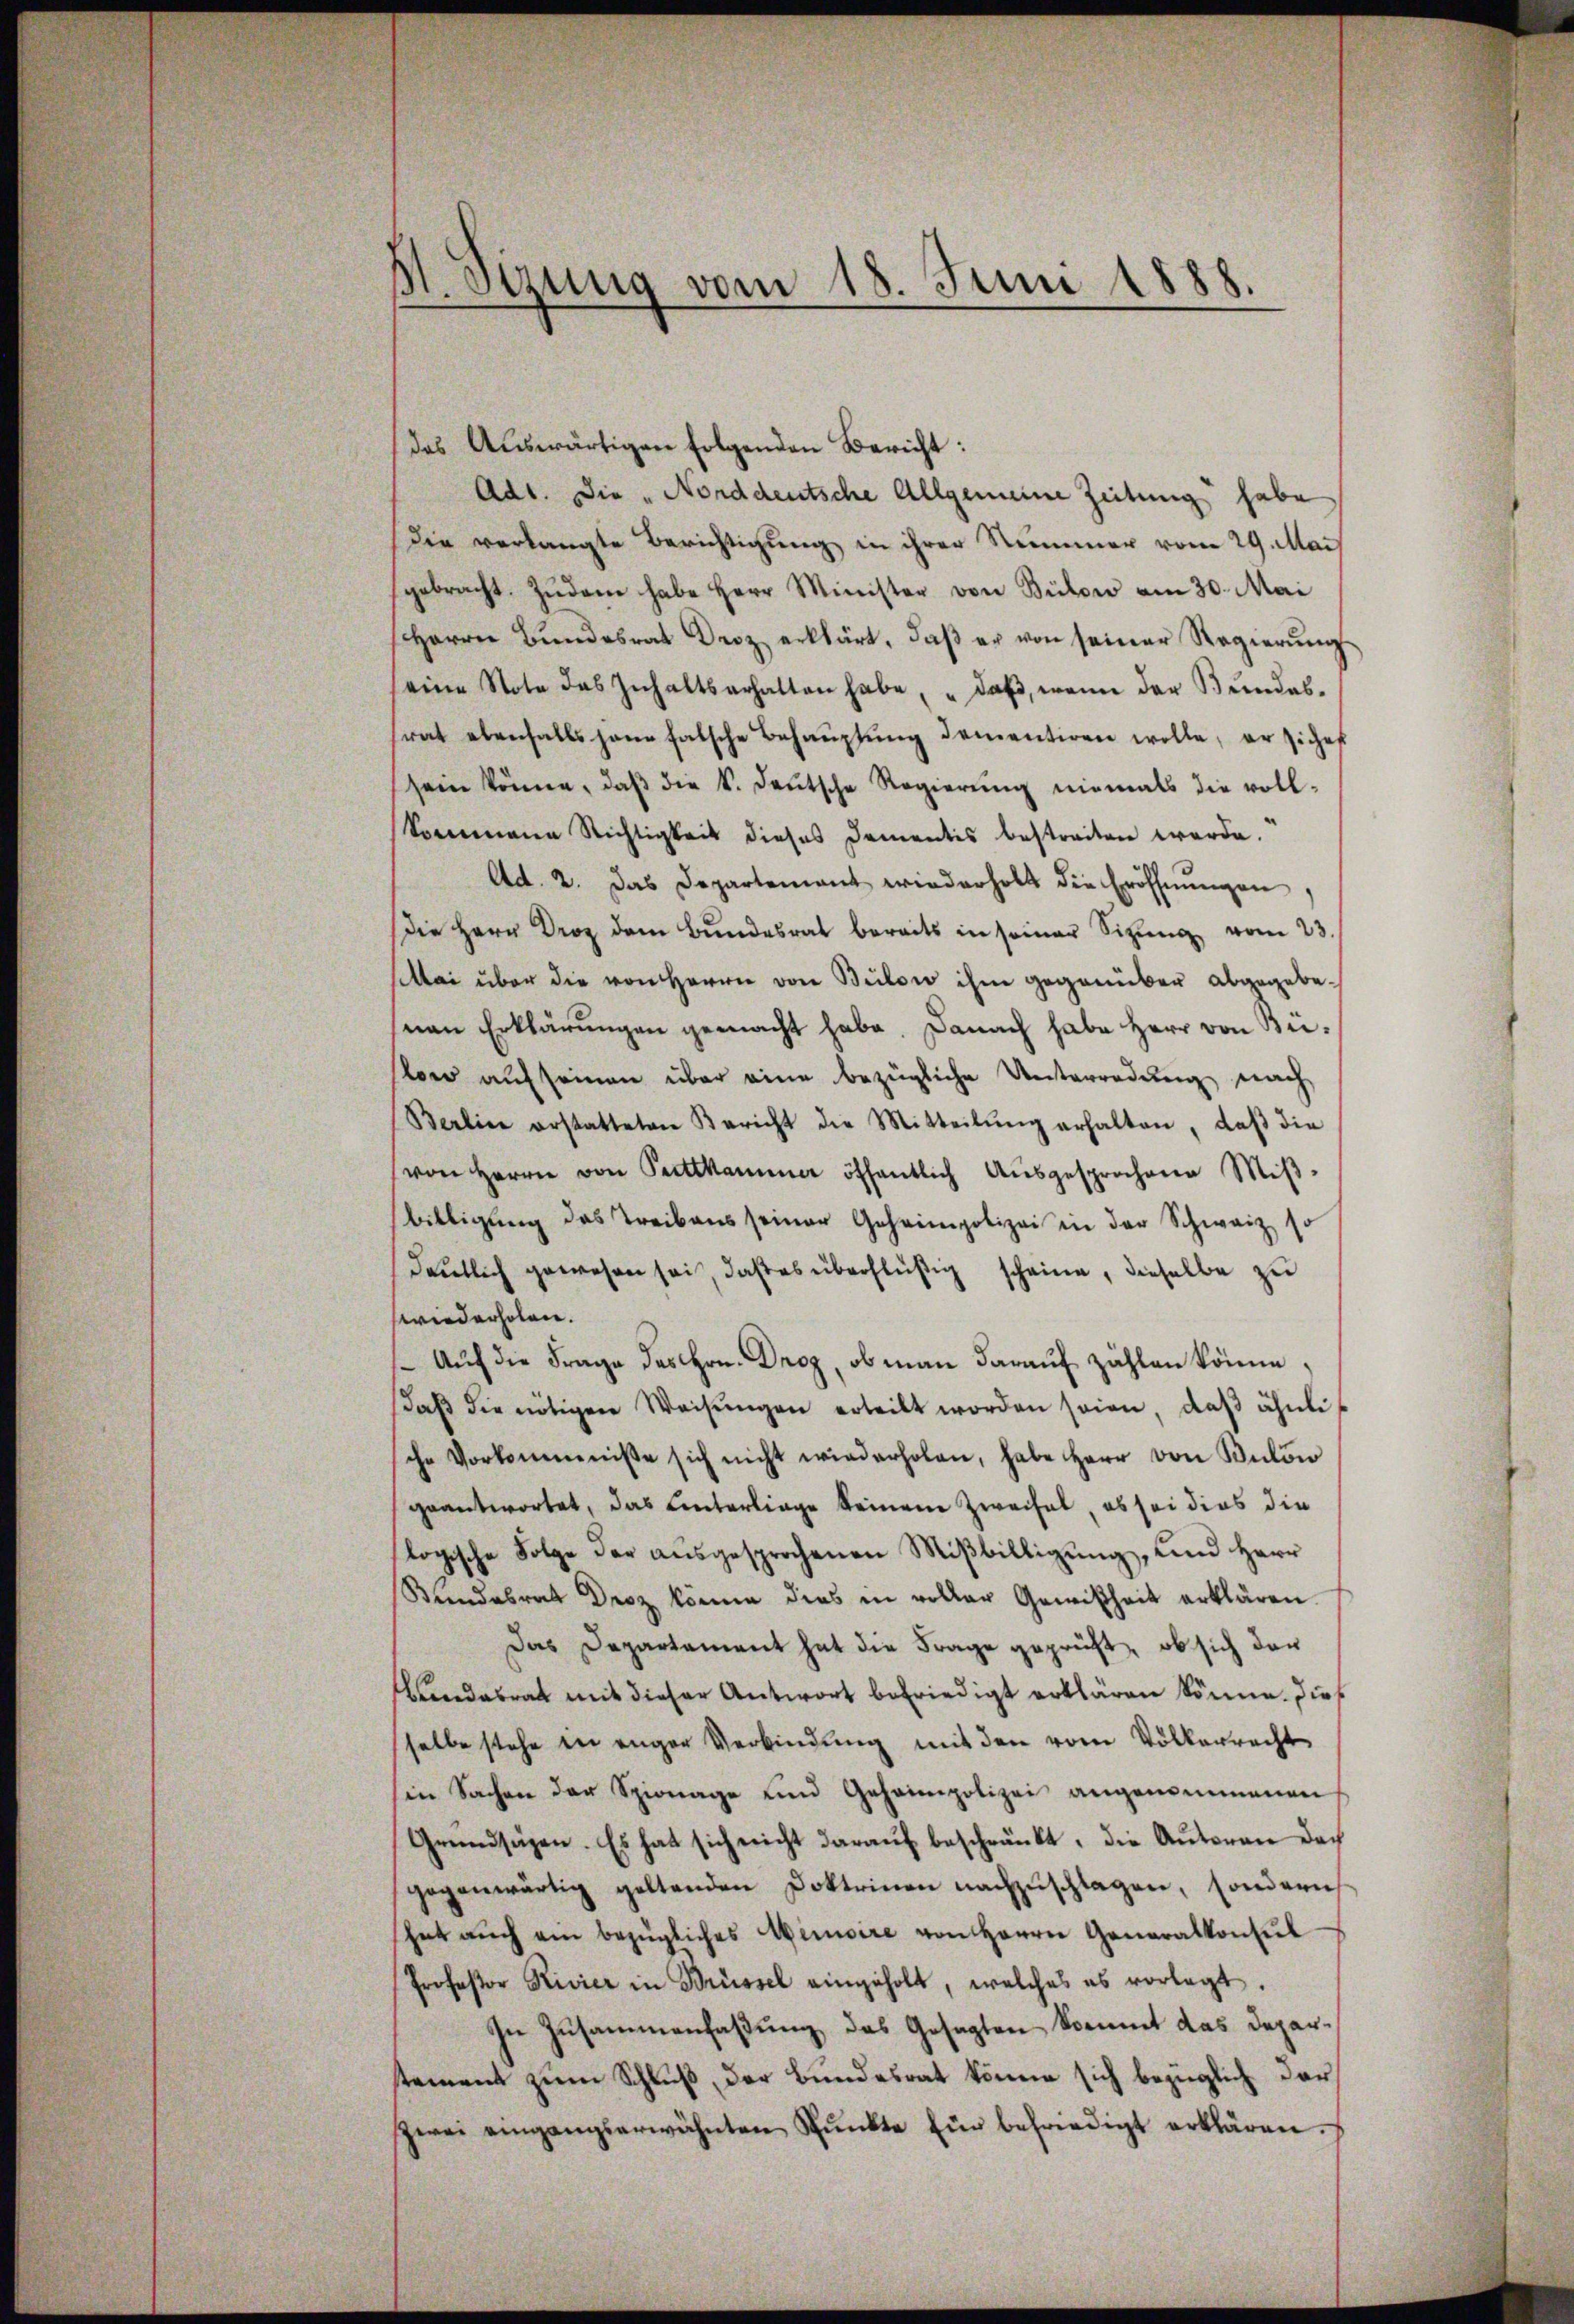
S.Stzung vom 18. Juni 1888.

das Auswärtigen folgenden Bericht:
Adt. Die „Norddeutsche Allgemeine Zeitung habe
die verlangte Berichtigung in ihrer Nummer vom 29. Mai
gebracht. Zŭdem habe Herr Minister von Bülow am 30. Mai
Herrn Bundesrat Droz erklärt, daß er von seiner Regierungs
eine Note das Inhaltserhalten habe, "daβ, wenn der Bŭndes-
rat ebenfalls hane falsche Behaŭptŭng dementiren wolle, er siches
sein könne, daβ die k. deŭtsche Regierŭng niemals die voll-
kommene Richtigkeit dieses Damentis bestreiten werde.
Ad. 2. Das Departement wiederholt die Eröffnŭngen,
Die Herr Droz dem Bundesrat bereits in seiner Sitzŭng vom 23.
Mai über die von Herrn von Bilow ihm gegenüber abgegebenen Erklärungen gemacht habe. Danach habe Herr von Büston aŭf seinen über eine bezügliche Unterredung nach
Berlin erstatteten Bericht die Mitteilŭng erhalten, daβ die
von Herrn von Pettkammer öffentlich aŭsgesprochene Miβ-
billigŭng des Treibens seiner Geheimpolizei in der Schweiz so
deutlich gewesen sei, daβ es überflüßig scheine, dieselbe zu
wiederholen.
Auch die Frage des Hrn. Droz, ob man darauf zählen könne,
daβ die nötigen Weisŭngen erteilt worden seien, daβ ähnli
sche Vorkommnisse sich nicht wiederholen, habe Herr von Bulöw
geantwortet, das Unterlinge keinem Zweifel, es sei dies die
logische Folge der aŭsgesprochenen Mißbilligung, und Herr
Bundesrat Droz könne dies in voller Gewißheit erklären.
Das Departament hat die Frage geprüft, ob sich der
ndesrat mit dieser Antwort befriedigt erklären könne. Dies
selbe stehe in enger Verbindung mit den vom Völkerrecht
sin Sachen der Spionage und Geheimpolizei angenommenen
Grundsägen. Es hat sich nicht darauf beschränkt, die Autoren doch
gegenwärtig geltenden Doktrinen nachzŭschlagen, sondern
hat aŭch ein bezügliches Memoire von Herrn Generalkonsŭl
Professor Rivier in Brüssel eingeholt, welches es vorlegt.
In Zusammenfaßung das Gesagten kommt das Departement zum Schluß, der Bundesrat könne sich bezüglich darzwei eingangserwähnten Spŭnkte Ein befriedigt erklären.